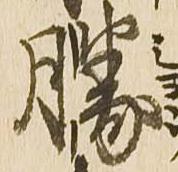
勝